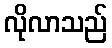
လိုလာသည်